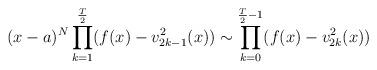
LaTeX: \begin{align*}(x-a)^N\prod_{k=1}^{{T\over 2}}(f(x)-v_{2k-1}^2(x))\sim\prod_{k=0}^{{T\over 2}-1}(f(x)-v_{2k}^2(x))\end{align*}